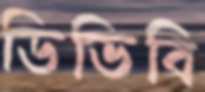
ডিভিবি